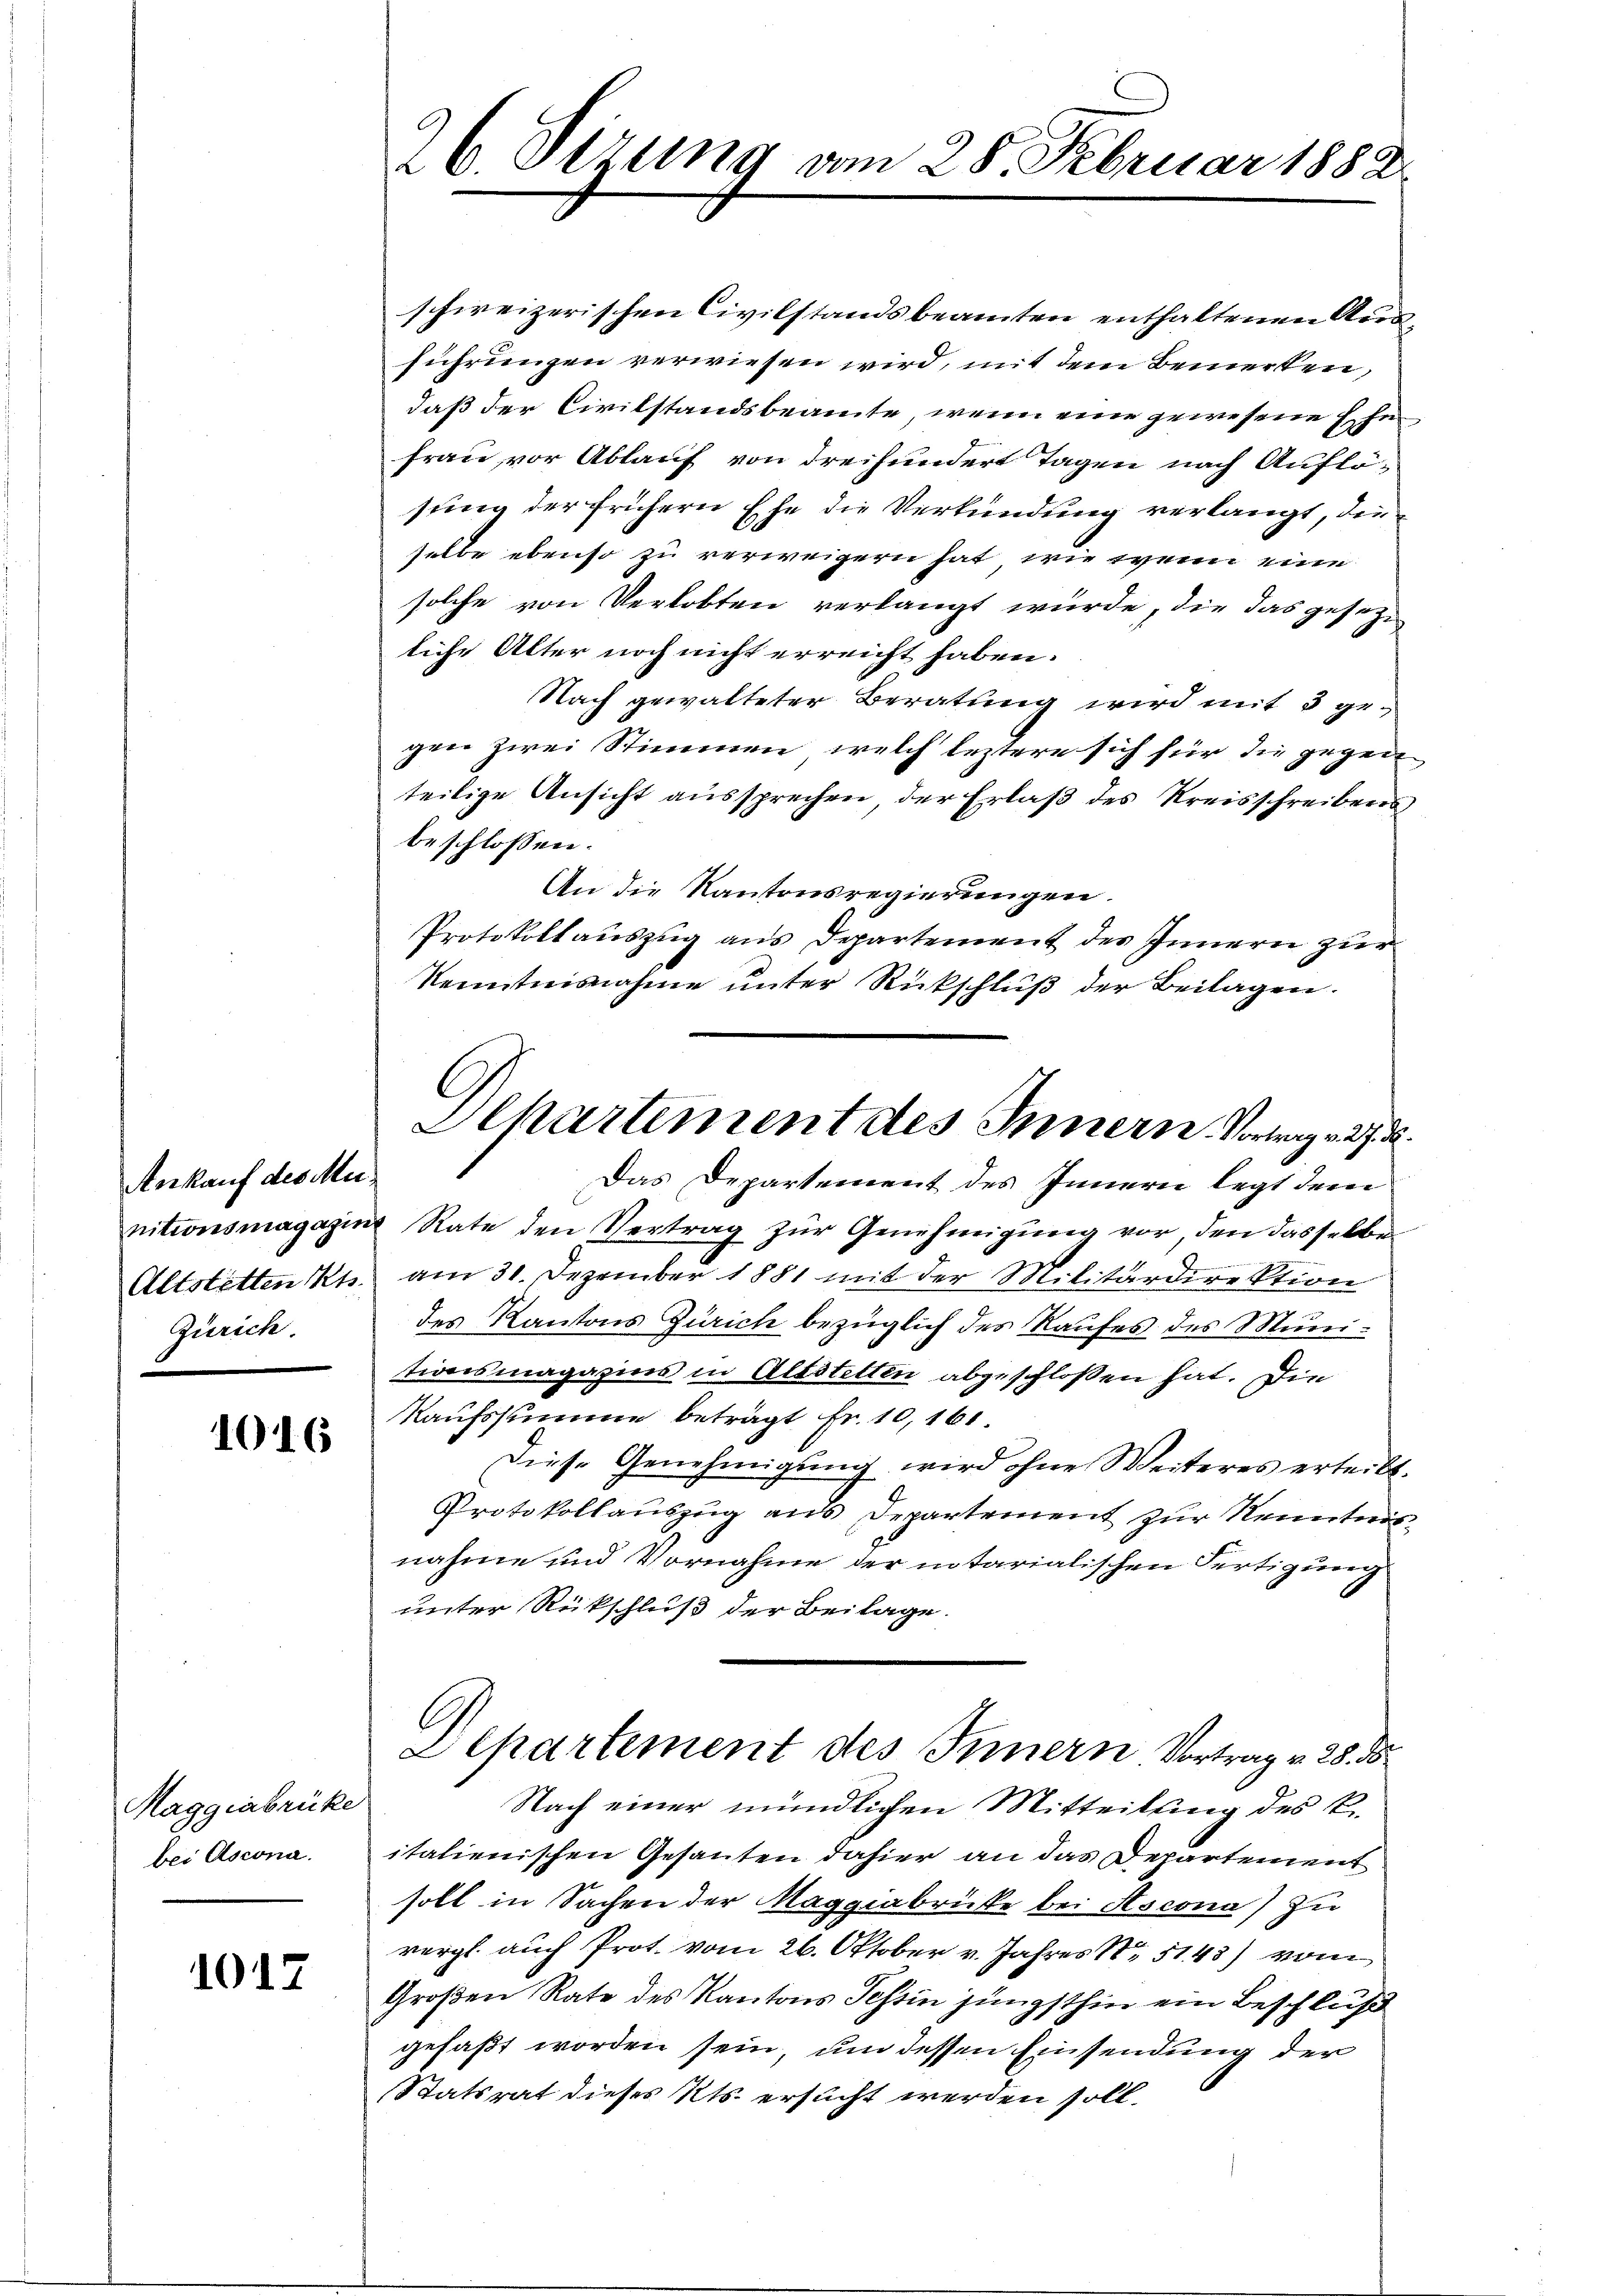
Ankauf des Mu¬
Altstetten Kts.
Zürich.

1016

Maggiabrüke
bei Ascona.

1017

26. Ottung am 28. Februar 1882

schweizerischen Civilstandsbeamten enthaltenen Ausführungen verwiesen wird, mit dem Bemerken,
daß der Civilstandsbeamte, wenn eine gewesene Ehe
frau vor Ablauf von dreihundert Tagen nach Auflösung der frühern Ehe die Verkündung verlangt, die
selbe ebenso zu verweigern hat, wie wenn eine
solche von Verlobten verlangt würde, die das gesezliche Alter noch nicht erreicht haben.
Nach gewalteter Beratung wird mit 3 gegen zwei Stimmen, welch leztere sich für die gegen
teilige Ansicht aussprechen, der Erlaβ des Kreisschreibens
beschlossen:
An die Kantonsregierungen.
Protokollauszug aus Departement des Innern zur
Kenntnisnahme unter Rückschluß der Beilagen.
Das Departement des Innern legt dem
nitionsmagazins Rate den Vertrag zŭr Genehmigŭng vor, den dasselbe
am 31. Dezember 1881 mit der Militärdirektion
des Kantons Zürich bezüglich des Raufes des Munitionsmagazins in Altstelten abgeschlossen hat. Die
Kaufssumme beträgt Fr. 10,161.
Diese Genehmigung wird ohne Weiteres erteilt.
Protokollauszug aus Departement zur Kenntnis
nahme und Vornahme der intarialischen Fertigung
unter Rückschluß der Beilage.
Lepartement des Innern Vortrag v. 28. ds.
Nach einer mündlichen Mitteilung des k.
italienischen Gesanten dahier an das Departement
soll in Sachen der Maggiabrücke bei Ascona) zu
vergl. auch Prot. vom 26. Oktober v. Jahres Nr 5143) vom
Großen Rate des Kantons Tessin jüngsthin ein Beschluß
gefaßt worden sein, um dessen Einsendung der
Statsrat dieses Kts. ersucht werden soll.

Hchartement des Innern Vortrag v. 27. d.